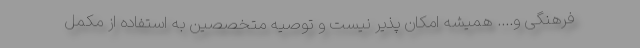
فرهنگی و.... همیشه امکان پذیر نیست و توصیه متخصصین به استفاده از مکمل